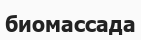
биомассада